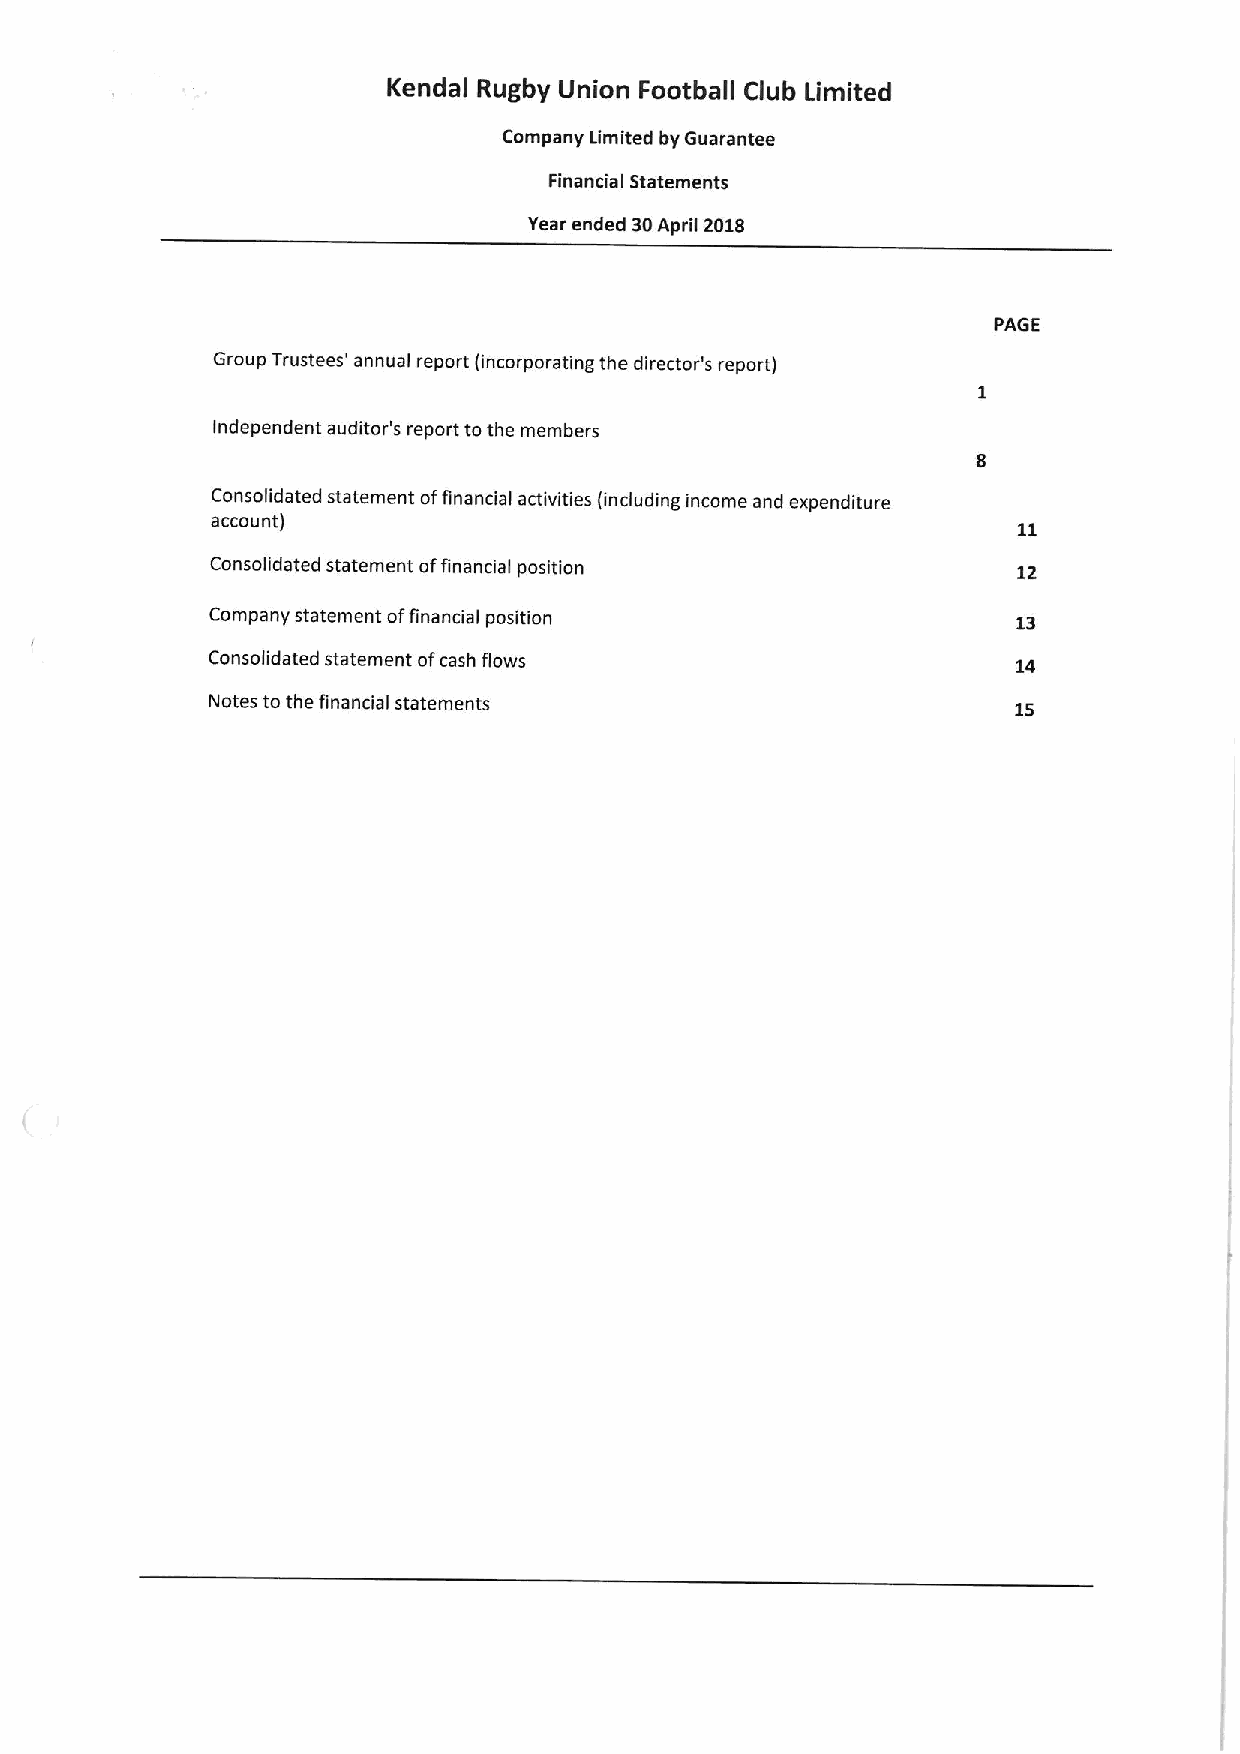
Kendal Rugby Union Football Club Limited
 Company Limited by Guarantee
 Financia Statements
 I
 Year ended 30April 2018
 PAGE
 Group Trustees' annual report (incorporating the director's report)
 Independent auditor's report tothe members
 Consolidated statement offinancial activities (including income and expenditure
 account)
 Consolidated statement offinancial position          12
 Company statement offinancial position               13
 Consolidated statement ofcash flows                  14
 Notes to the financial statements                    1S